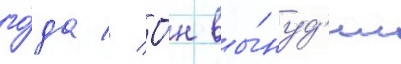
го́да // О́н вы́нуд'ил